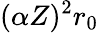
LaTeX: (\alpha Z)^{2}r_{0}